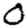
Digit: 0